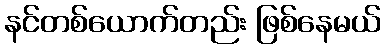
နင်တစ်ယောက်တည်း ဖြစ်နေမယ်